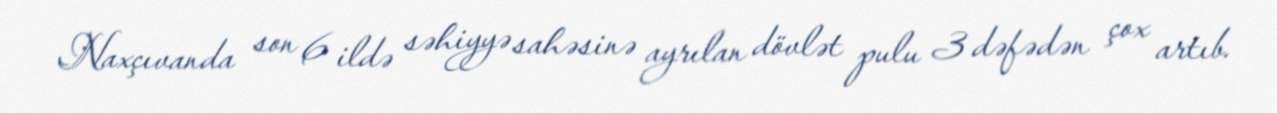
Naxçıvanda son 6 ildə səhiyyə sahəsinə ayrılan dövlət pulu 3 dəfədən çox artıb.